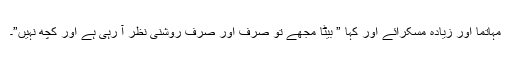
مہاتما اور زیادہ مسکرائے اور کہا ” بیٹا مجھے تو صرف اور صرف روشنی نظر آ رہی ہے اور کچھ نہیں”۔